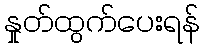
နှုတ်ထွက်ပေးရန်